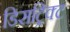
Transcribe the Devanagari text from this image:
डिसट्रिक्ट